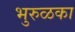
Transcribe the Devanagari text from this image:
भुरुळका